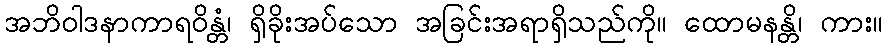
အဘိဝါဒနာကာရဝိန္တံ၊ ရှိခိုးအပ်သော အခြင်းအရာရှိသည်ကို။ ထောမနန္တိ၊ ကား။